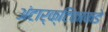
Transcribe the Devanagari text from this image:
अंटार्क्टिकाकडे